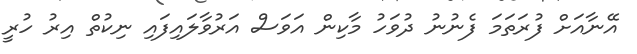
އޭނާއަށް ފުރަތަމަ ފެނުނު ދުވަހު މާކިން އަވަސް އަރުވާލައިފައި ނިކުތް އިރު ހުރީ